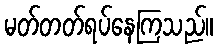
မတ်တတ်ရပ်နေကြသည်။